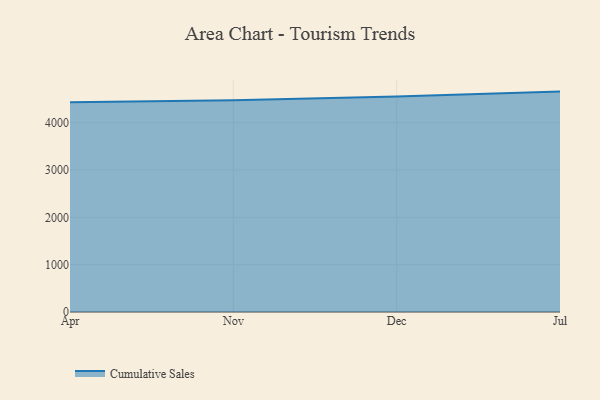
{"axis": {"x": "Month", "y": "Shipments"}, "legend": ["Cumulative Sales"], "data": [{"x": "Apr", "y": 4429.3, "type": "Cumulative Sales"}, {"x": "Nov", "y": 4474.2, "type": "Cumulative Sales"}, {"x": "Dec", "y": 4553.1, "type": "Cumulative Sales"}, {"x": "Jul", "y": 4654.6, "type": "Cumulative Sales"}]}